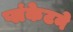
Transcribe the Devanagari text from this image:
प्लंकेटने